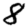
Digit: 8